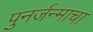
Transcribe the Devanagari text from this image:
पुनर्जन्माचा